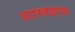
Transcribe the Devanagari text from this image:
शास्त्रज्ञास